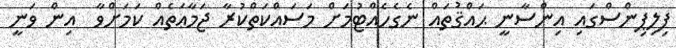
ފިލިޕިންސްގައި އިންސާނީ ޙައްޤުތައް ނެގެހެއްޓުމަށް މަސައްކަތްކުރާ ޖަމާޢަތެއް ކަމަށްވާ  އިން ވަނީ